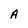
Character: A